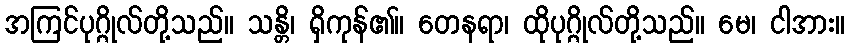
အကြင်ပုဂ္ဂိုလ်တို့သည်။ သန္တိ၊ ရှိကုန်၏။ တေနရာ၊ ထိုပုဂ္ဂိုလ်တို့သည်။ မေ၊ ငါအား။